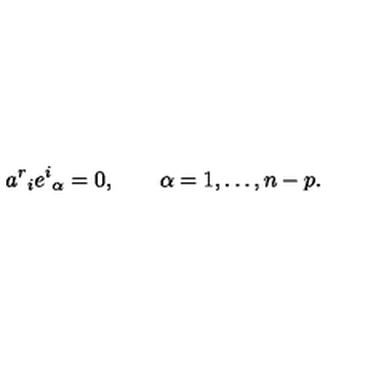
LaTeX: a ^ { r } { } _ { i } e ^ { i } { } _ { \alpha } = 0 , \qquad \alpha = 1 , \ldots , n - p .